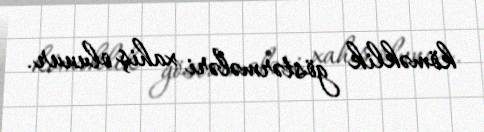
köməklik göstərmələri xahiş olunur.